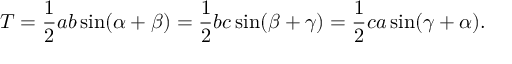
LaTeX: T = { \frac { 1 } { 2 } } a b \sin ( \alpha + \beta ) = { \frac { 1 } { 2 } } b c \sin ( \beta + \gamma ) = { \frac { 1 } { 2 } } c a \sin ( \gamma + \alpha ) .